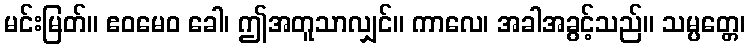
မင်းမြတ်။ ဧဝမေဝ ခေါ၊ ဤအတူသာလျှင်။ ကာလေ၊ အခါအခွင့်သည်။ သမ္ပတ္တေ၊